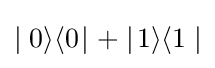
\mid 0\rangle \langle 0\!\mid +\mid \!1\rangle \langle 1\mid